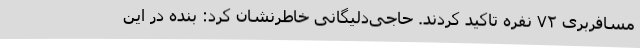
مسافربری ۷۲ نفره تاکید کردند. حاجی‌دلیگانی خاطرنشان کرد: بنده در این